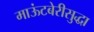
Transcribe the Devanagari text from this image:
माऊंटबेरीसुद्धा